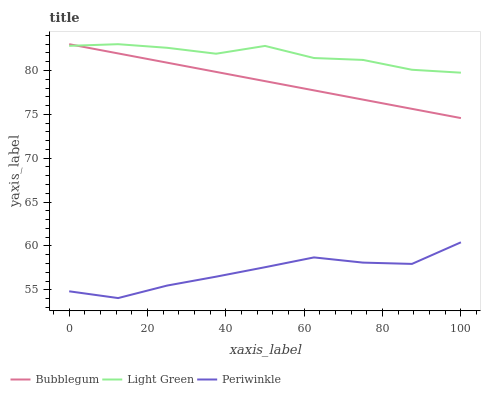
| xaxis_label | Bubblegum | Light Green | Periwinkle |
 | --- | --- | --- | --- |
 | 0 | 83 | 82.8 | 54.8 |
 | 12.5 | 81.9 | 83 | 54.1 |
 | 25 | 80.9 | 82.6 | 55.5 |
 | 37.5 | 79.8 | 81.9 | 56.5 |
 | 50 | 78.8 | 82.8 | 57.6 |
 | 62.5 | 77.7 | 81.4 | 58.7 |
 | 75 | 76.7 | 81.2 | 58.1 |
 | 87.5 | 75.6 | 80.1 | 58 |
 | 100 | 74.6 | 79.8 | 60.4 |